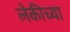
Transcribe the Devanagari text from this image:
लेकीच्या